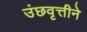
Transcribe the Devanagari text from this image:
उंछवृत्तीने